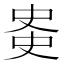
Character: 𫪊